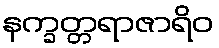
နက္ခတ္တရာဇာရိဝ